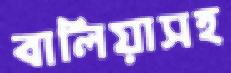
বালিয়াসহ